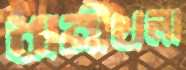
ধানীখলা